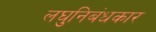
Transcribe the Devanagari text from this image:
लघुनिबंधकार